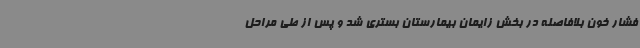
فشار خون بلافاصله در بخش زایمان بیمارستان بستری شد و پس از طی مراحل